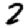
Digit: 2